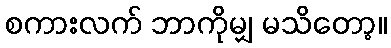
စကားလက် ဘာကိုမျှ မသိတော့။